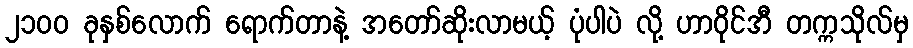
၂၁၀၀ ခုနှစ်လောက် ရောက်တာနဲ့ အတော်ဆိုးလာမယ့် ပုံပါပဲ လို့ ဟာဝိုင်အီ တက္ကသိုလ်မှ